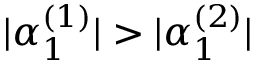
\lvert \alpha _ { 1 } ^ { ( 1 ) } \rvert > \lvert \alpha _ { 1 } ^ { ( 2 ) } \rvert